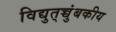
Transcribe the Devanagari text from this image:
विद्युत्‌च्चुंबकीय